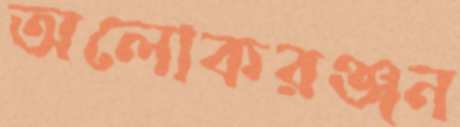
অলোকরঞ্জন